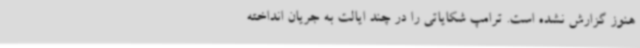
هنوز گزارش نشده است. ترامپ شکایاتی را در چند ایالت به جریان انداخته